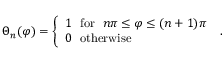
\Theta _ { n } ( \varphi ) = \left\{ \begin{array} { l } { { 1 \ \ \mathrm { f o r } \ \ n \pi \leq \varphi \leq ( n + 1 ) \pi } } \\ { { 0 \ \ \mathrm { o t h e r w i s e } } } \end{array} \right. \ .